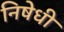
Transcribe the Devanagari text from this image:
निषेधी